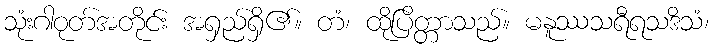
သုံးဂါဝုတ်အတိုင်း အရှည်ရှိ၏။ တံ၊ ထိုပြိတ္တာသည်။ မနူဿသရီရသဒိသံ၊